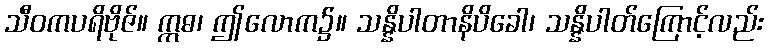
သီဝကပရိဗိုဇ်။ ဣဓ၊ ဤလောက၌။ သန္နိပါတာနိပိခေါ၊ သန္နိပါတ်ကြောင့်လည်း